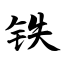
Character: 铁